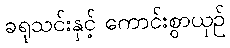
ခရုသင်းနှင့် ကောင်းစွာယှဉ်